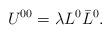
LaTeX: \begin{align*}U^{00} = \lambda L^0 \bar{L}^0.\end{align*}